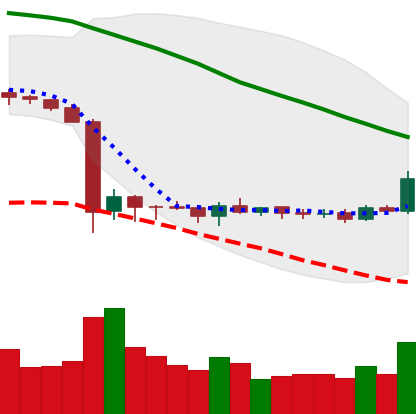
Ticker: ETC-USD
Chart end date: 2019-10-09
Forward return: -5.297%
Label: down_5_7